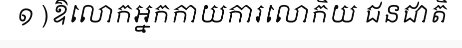
១ )ឱលោកអ្នកកាយការលោកិយ ជនជាតិ